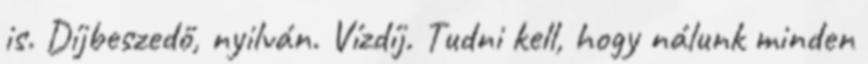
is. Díjbeszedő, nyilván. Vízdíj. Tudni kell, hogy nálunk minden